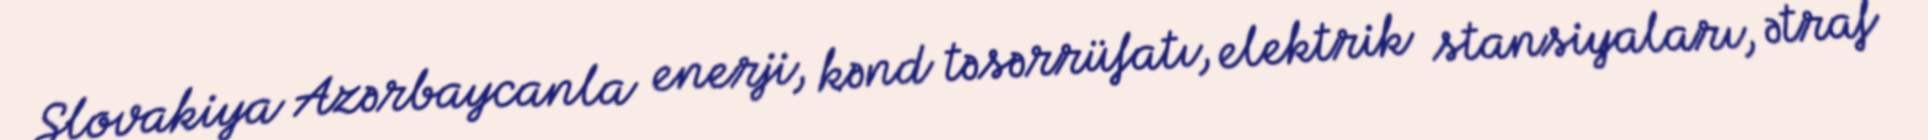
Slovakiya Azərbaycanla enerji, kənd təsərrüfatı, elektrik stansiyaları, ətraf